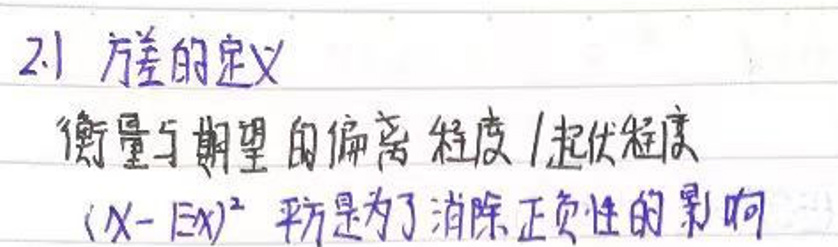
2.1 方差的定义

衡量与期望的偏离程度/起伏程度

\((X - EX)^2\) 方是为了消除正负性的影响